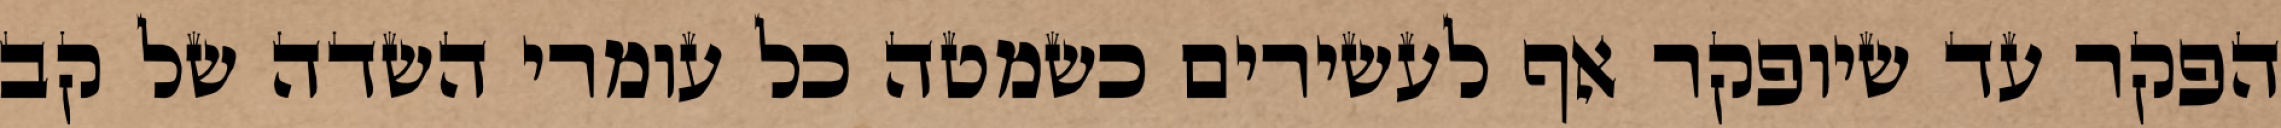
הפקר עד שיופקר אף לעשירים כשמטה כל עומרי השדה של קב